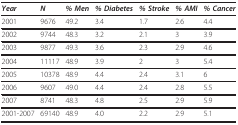
<table><thead><tr><td><b><i>Year</i></b></td><td><b><i>N </i></b></td><td><b><i>% Men</i></b></td><td><b><i>% Diabetes </i></b></td><td><b><i>% Stroke </i></b></td><td><b><i>% AMI </i></b></td><td><b><i>% Cancer </i></b></td></tr></thead><tbody><tr><td>2001</td><td>9676</td><td>49.2</td><td>3.4</td><td>1.7</td><td>2.6</td><td>4.4</td></tr><tr><td>2002</td><td>9744</td><td>48.3</td><td>3.2</td><td>2.1</td><td>3</td><td>3.9</td></tr><tr><td>2003</td><td>9877</td><td>49.3</td><td>3.6</td><td>2.3</td><td>2.9</td><td>4.6</td></tr><tr><td>2004</td><td>11117</td><td>48.9</td><td>3.9</td><td>2</td><td>3</td><td>5.4</td></tr><tr><td>2005</td><td>10378</td><td>48.9</td><td>4.4</td><td>2.4</td><td>3.1</td><td>6</td></tr><tr><td>2006</td><td>9607</td><td>49.0</td><td>4.4</td><td>2.4</td><td>2.8</td><td>5.5</td></tr><tr><td>2007</td><td>8741</td><td>48.3</td><td>4.8</td><td>2.5</td><td>2.9</td><td>5.9</td></tr><tr><td>2001-2007</td><td>69140</td><td>48.9</td><td>4.0</td><td>2.2</td><td>2.9</td><td>5.1</td></tr></tbody></table>